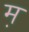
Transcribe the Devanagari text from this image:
म़